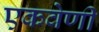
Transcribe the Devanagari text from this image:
एकवेणी